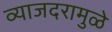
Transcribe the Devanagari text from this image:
व्याजदरामुळे